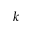
k